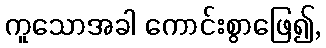
ကူသောအခါ ကောင်းစွာဖြေ၍,